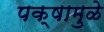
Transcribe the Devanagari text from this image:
पक्षामुळे